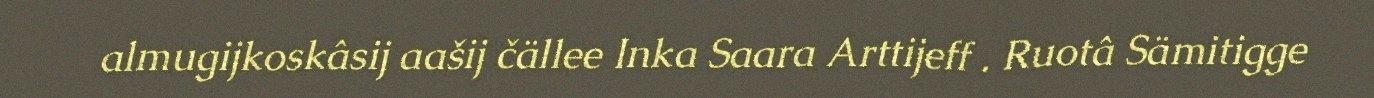
almugijkoskâsij aašij čällee Inka Saara Arttijeff . Ruotâ Sämitigge